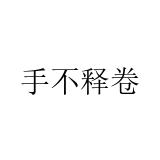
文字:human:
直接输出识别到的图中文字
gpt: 手不释卷